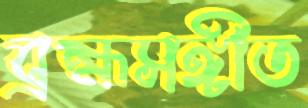
ব্রহ্মসঙ্গীত